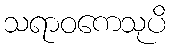
သရာဝကေသုပိ